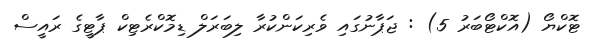
ޓޮކްޔޯ (އޮކްޓޯބަރު 5) : ޖަޕާނުގައި ވެރިކަންކުރާ ލިބަރަލް ޑިމޮކްރެޓިކް ޕާޓީގެ ރައީސް